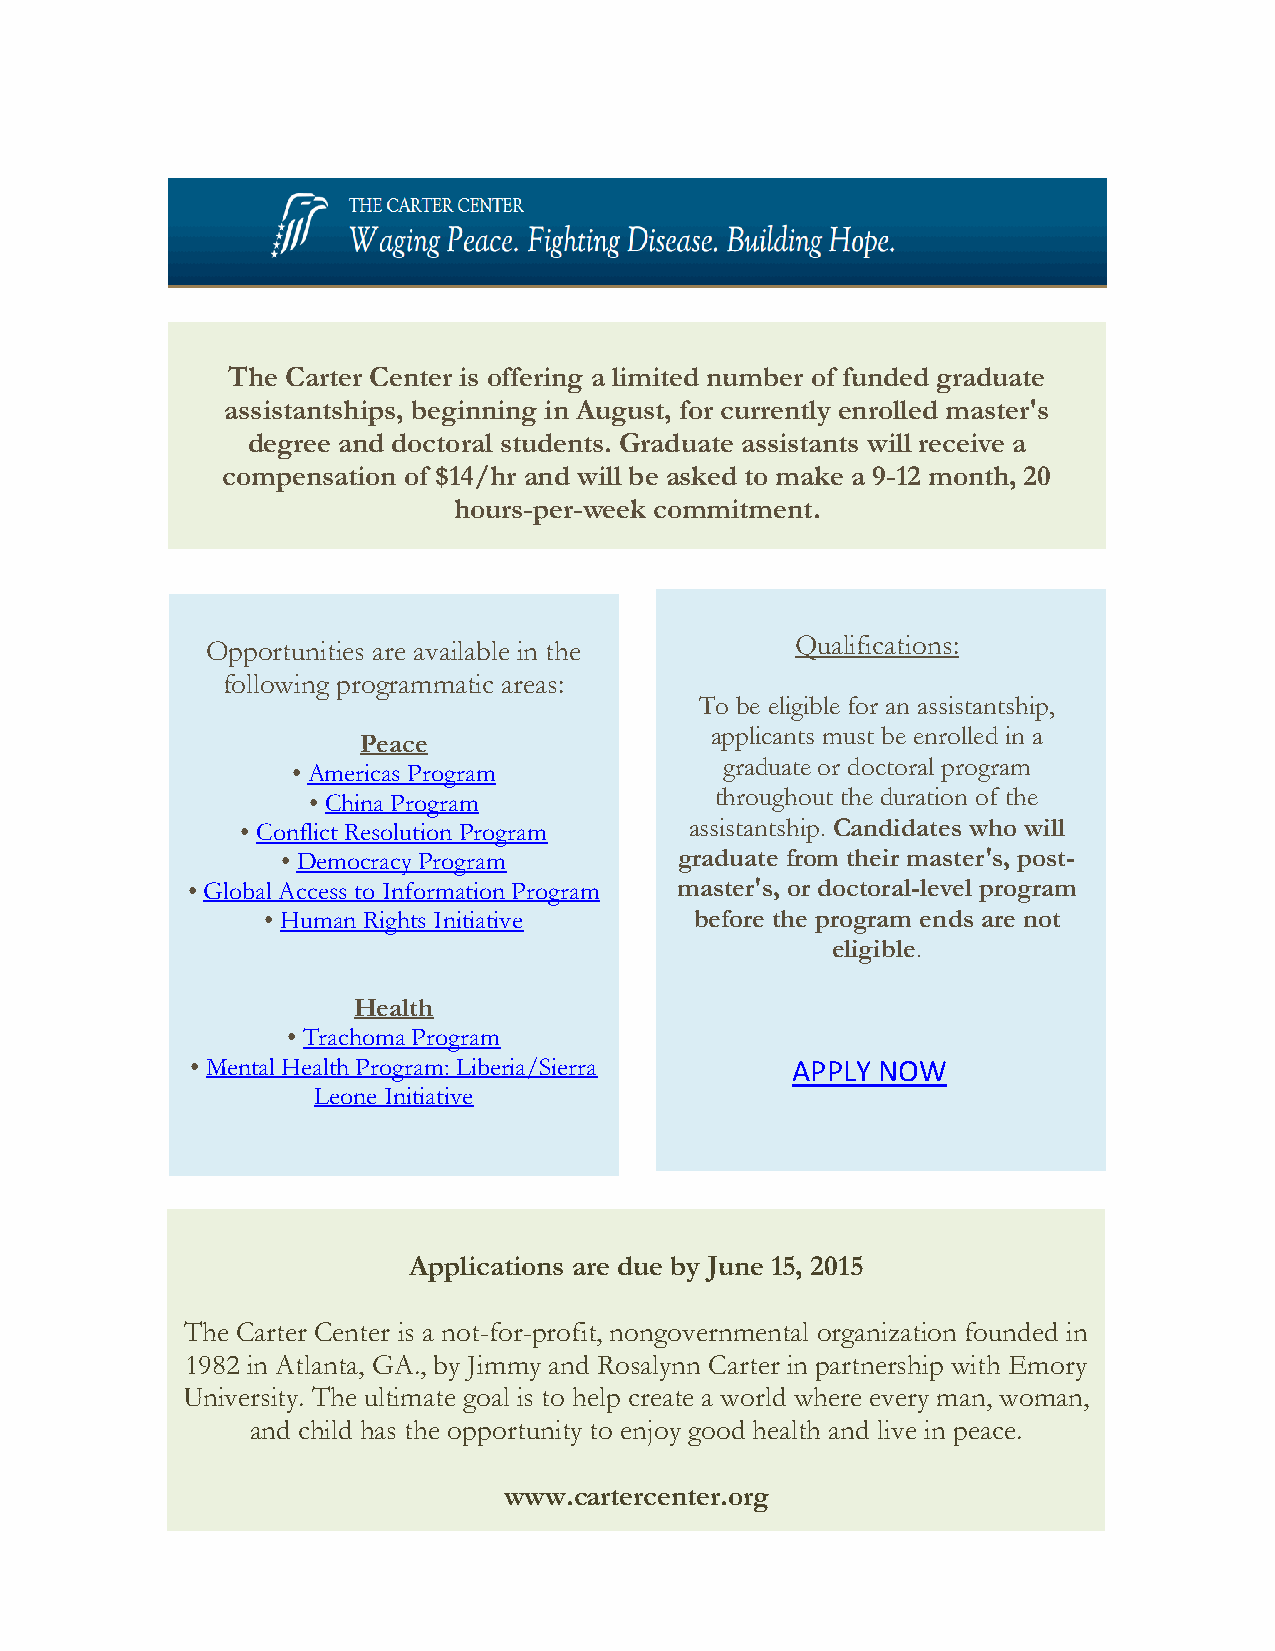
The Carter Center is offering a limited number of funded graduate
 assistantships, beginning in August, for currently enrolled master's
 degree and doctoral students. Graduate assistants will receive a
 compensation of $14/hr and will be asked to make a 9-12 month, 20
 hours-per-week commitment.
 Opportunities are available in the     Qualifications:
 following programmatic areas:
 To be eligible for an assistantship,
 applicants must be enrolled in a
 Peace
 graduate or doctoral program
 • Americas Program
 • China Program            throughout the duration of the
 • Conflict Resolution Program assistantship. Candidates who will
 • Democracy Program       graduate from their master's, post-
 • Global Access to Information Program master's, or doctoral-level program
 • Human Rights Initiative    before the program ends are not
 eligible.
 Health
 • Trachoma Program
 • Mental Health Program: Liberia/Sierra APPLY NOW
 Leone Initiative
 Applications are due by June 15, 2015
 The Carter Center is a not-for-profit, nongovernmental organization founded in
 1982 in Atlanta, GA., by Jimmy and Rosalynn Carter in partnership with Emory
 University. The ultimate goal is to help create a world where every man, woman,
 and child has the opportunity to enjoy good health and live in peace.
 www.cartercenter.org